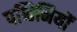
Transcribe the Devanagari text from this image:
पश्चिमियों